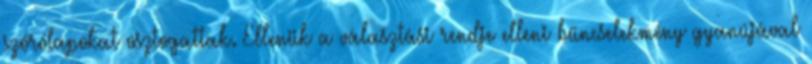
szórólapokat osztogattak. Ellenük a választási rendje elleni bűncselekmény gyanújával